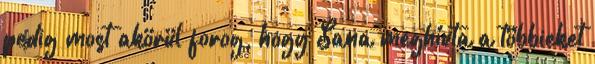
pedig most akörül forog, hogy Sana meghívta a többieket